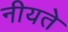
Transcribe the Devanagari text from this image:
नीयते